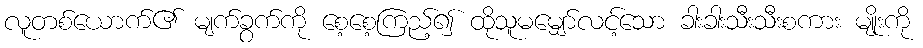
လူတစ်ယောက်၏ မျက်ခွက်ကို စေ့စေ့ကြည့်၍ ထိုသူမမျှော်လင့်သော ခါးခါးသီးသီးစကား မျိုးကို